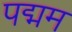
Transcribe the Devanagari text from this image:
पद्मम